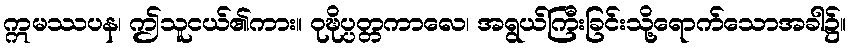
ဣမဿပန၊ ဤသူငယ်၏ကား။ ဝုဍ္ဎိပ္ပတ္တကာလေ၊ အရွယ်ကြီးခြင်းသို့ရောက်သောအခါ၌။